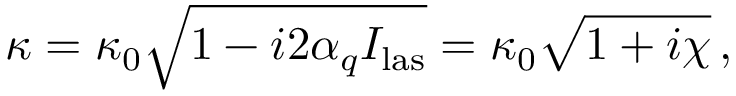
\kappa = \kappa _ { 0 } \sqrt { 1 - i 2 \alpha _ { q } I _ { \mathrm { l a s } } } = \kappa _ { 0 } \sqrt { 1 + i \chi } \, ,